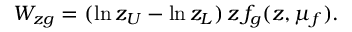
W _ { z g } = ( \ln z _ { U } - \ln z _ { L } ) \, z \, f _ { g } ( z , \mu _ { f } ) .